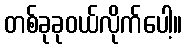
တစ်ခုခုဝယ်လိုက်ပေါ့။